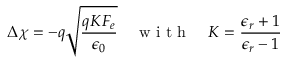
\Delta \chi = - q \sqrt { \frac { q K F _ { e } } { \epsilon _ { 0 } } } \quad \mathrm { ~ w ~ i ~ t ~ h ~ } \quad K = \frac { \epsilon _ { r } + 1 } { \epsilon _ { r } - 1 }